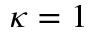
\kappa = 1